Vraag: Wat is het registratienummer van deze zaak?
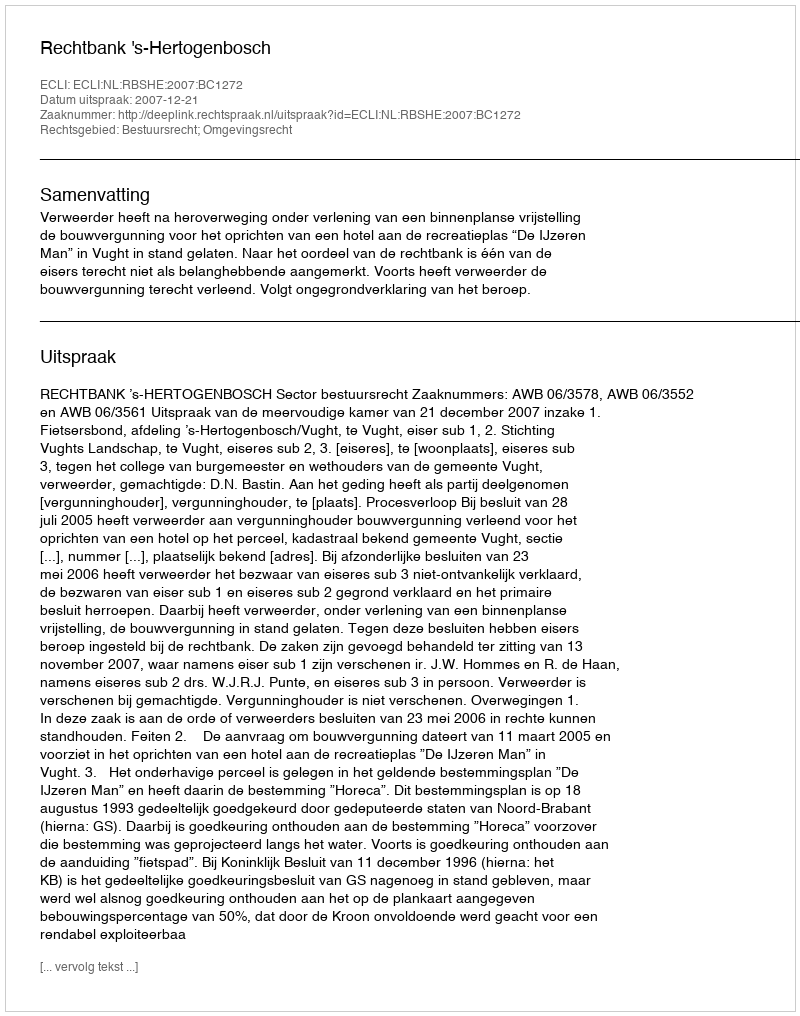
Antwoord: http://deeplink.rechtspraak.nl/uitspraak?id=ECLI:NL:RBSHE:2007:BC1272